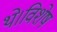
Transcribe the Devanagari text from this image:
थे।विशेष